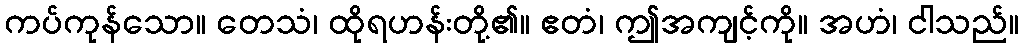
ကပ်ကုန်သော။ တေသံ၊ ထိုရဟန်းတို့၏။ ဧတံ၊ ဤအကျင့်ကို။ အဟံ၊ ငါသည်။